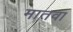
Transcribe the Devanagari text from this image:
मातवा